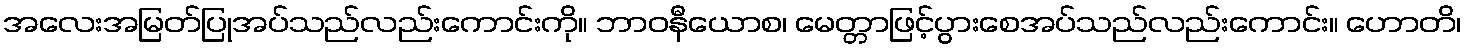
အလေးအမြတ်ပြုအပ်သည်လည်းကောင်းကို။ ဘာဝနီယောစ၊ မေတ္တာဖြင့်ပွားစေအပ်သည်လည်းကောင်း။ ဟောတိ၊